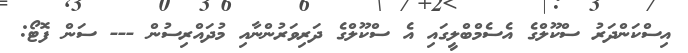
އިސްކަންދަރު ސްކޫލްގެ އެސެމްބްލީގައި އެ ސްކޫލްގެ ދަރިވަރުންނާއި މުދައްރިސުން --- ސަން ފޮޓޯ: